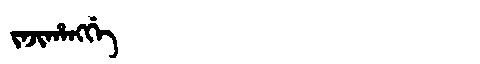
Manchu: ᠵᠠᠵᡳᡥᠠᠩᡤᡝ
Romanization: JAJIHANGGE